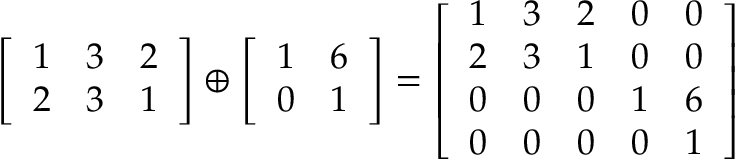
{ \left[ \begin{array} { l l l } { 1 } & { 3 } & { 2 } \\ { 2 } & { 3 } & { 1 } \end{array} \right] } \oplus { \left[ \begin{array} { l l } { 1 } & { 6 } \\ { 0 } & { 1 } \end{array} \right] } = { \left[ \begin{array} { l l l l l } { 1 } & { 3 } & { 2 } & { 0 } & { 0 } \\ { 2 } & { 3 } & { 1 } & { 0 } & { 0 } \\ { 0 } & { 0 } & { 0 } & { 1 } & { 6 } \\ { 0 } & { 0 } & { 0 } & { 0 } & { 1 } \end{array} \right] }